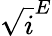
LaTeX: \sqrt{i}^{E}